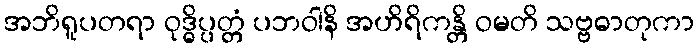
အဘိရူပတရာ ဝုဒ္ဓိပ္ပတ္တံ ပဘဝါနိ အဟိရိကန္တိ ဝမတိ သဗ္ဗဓာတုကာ